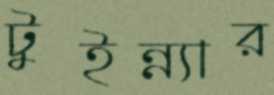
টুইন্ন্যার